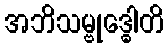
အဘိသမ္ဗုဒ္ဓေါတိ